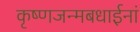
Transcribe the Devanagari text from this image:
कृष्णजन्मबधाईनां